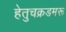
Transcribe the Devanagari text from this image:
हेतुचक्रडमरू